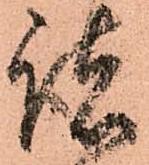
諸